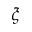
\xi